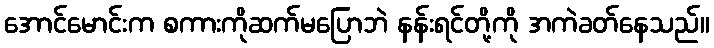
အောင်မောင်းက စကားကိုဆက်မပြောဘဲ နန်းရင်တို့ကို အကဲခတ်နေသည်။